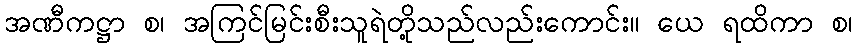
အဏီကဋ္ဌာ စ၊ အကြင်မြင်းစီးသူရဲတို့သည်လည်းကောင်း။ ယေ ရထိကာ စ၊